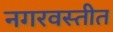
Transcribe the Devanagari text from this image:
नगरवस्तीत